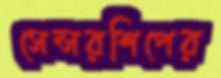
সেন্সরশিপের